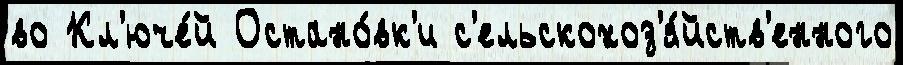
во Кл'юче́й Остано́вк'и с'ельскохоз'я́йств'енного